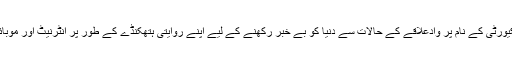
قابض بھارتی افواج نے سیکیورٹی کے نام پر وادعلاقے کے حالات سے دنیا کو بے خبر رکھنے کے لیے اپنے روایتی ہتھکنڈے کے طور پر انٹرنیٹ اور موبائل سروسز معطل کردی ہیں۔